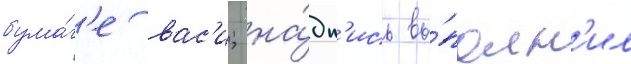
бума́г'е вас'и; на́дп'ись вы́полн'ил